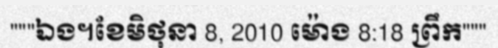
"""ឯង។ខែមិថុនា 8, 2010 ម៉ោង 8:18 ព្រឹក"""